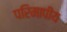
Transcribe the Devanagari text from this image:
परिमापीय